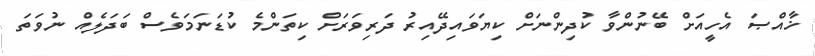
ޚާއްޞަ އެހީއަށް ބޭނުންވާ ކުދިންނަށް ކިޔަވައިދޭއިރު ދަރިވަރަށް ކިތަންމެ ކުޑަނަމަވެސް ބަދަލެއް ނުވަތަ